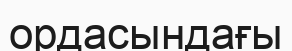
ордасындағы